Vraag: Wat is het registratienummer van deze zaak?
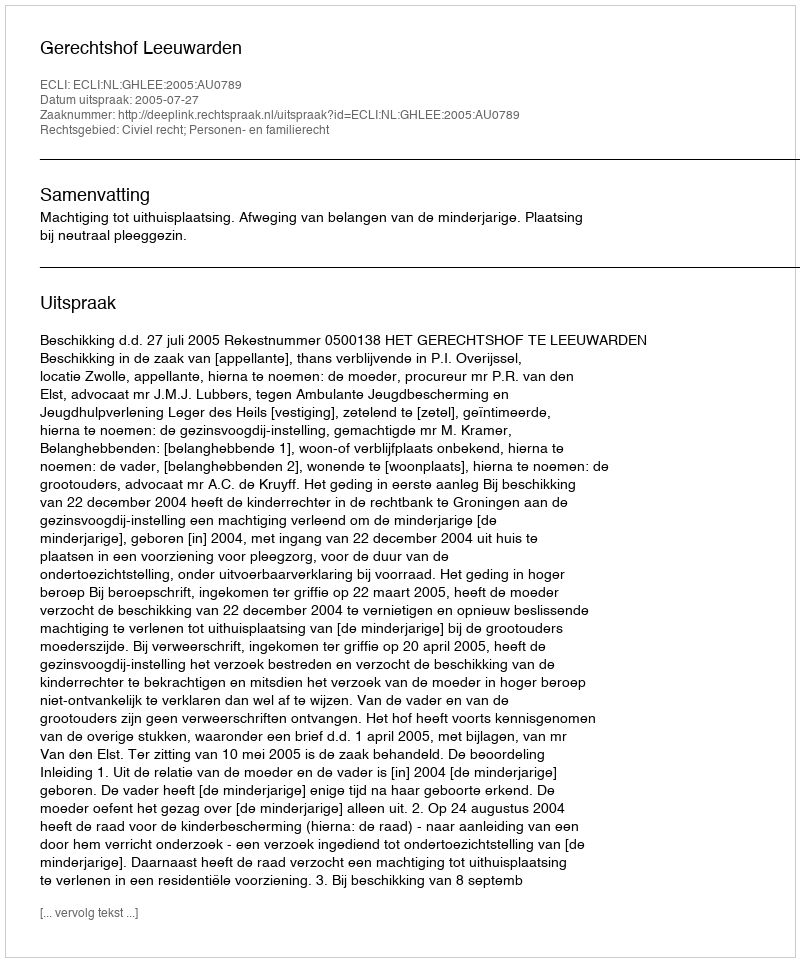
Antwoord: http://deeplink.rechtspraak.nl/uitspraak?id=ECLI:NL:GHLEE:2005:AU0789